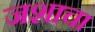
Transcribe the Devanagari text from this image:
जशाचा